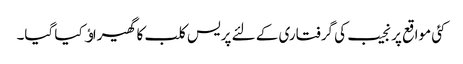
کئی مواقع پر نجیب کی گرفتاری کے لئے پریس کلب کا گھیراﺅ کیا گیا۔